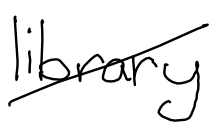
Text: library
Cross-out: mix
Writing tool: digital_black